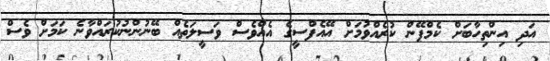
އަދި އިންތިހާބަށް ކެމްޕޭން ކުރެއްވުމަށް އޭއެފްސީގެ އެއްވެސް ވަސީލަތެއް ބޭނުންނުކުރައްވާނެ ކަމަށް ވެސް